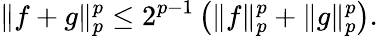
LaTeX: \| f+g\| _{p}^{p}\leq 2^{p-1}\left(\| f\| _{p}^{p}+\| g\| _{p}^{p}\right).